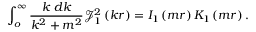
\int _ { o } ^ { \infty } { \frac { k \; d k } { k ^ { 2 } + m ^ { 2 } } } { \mathcal { J } } _ { 1 } ^ { 2 } \left( k r \right) = I _ { 1 } \left( m r \right) K _ { 1 } \left( m r \right) .